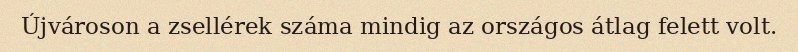
Újvároson a zsellérek száma mindig az országos átlag felett volt.